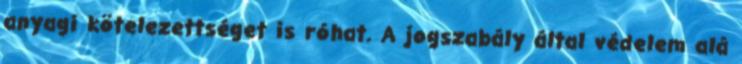
anyagi kötelezettséget is róhat. A jogszabály által védelem alá